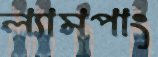
ল্যামপাং